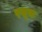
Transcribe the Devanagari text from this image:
रसूख